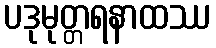
ပဒုမုတ္တရနာထဿ